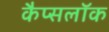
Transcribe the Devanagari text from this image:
कैप्सलॉक